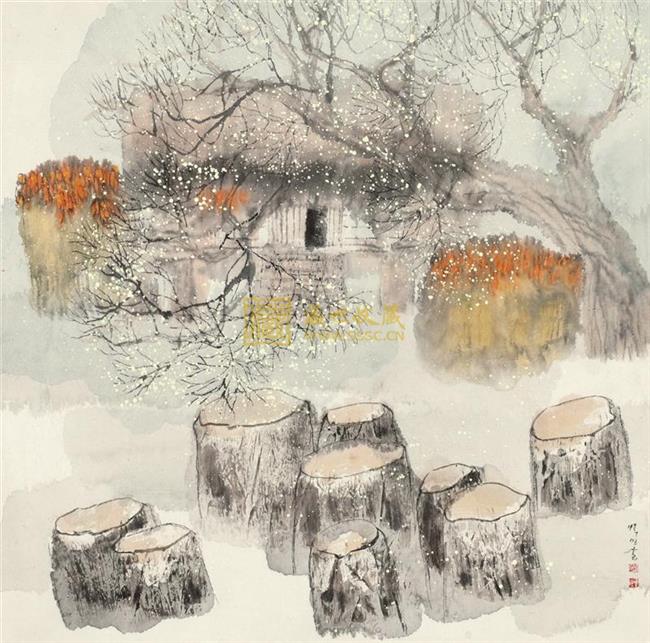
弱冠弄柔翰，卓荦观群书。